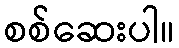
စစ်ဆေးပါ။